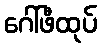
ဂေါ်ဖီထုပ်